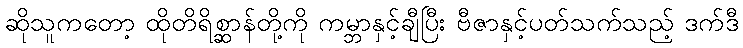
ဆိုသူကတော့ ထိုတိရိစ္ဆာန်တို့ကို ကမ္ဘာနှင့်ချီပြီး ဗီဇာနှင့်ပတ်သက်သည့် ဒက်ဒီ